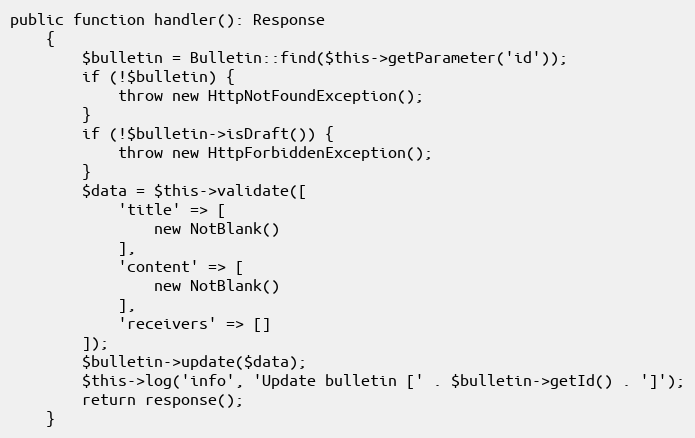
Language: PHP
public function handler(): Response
    {
        $bulletin = Bulletin::find($this->getParameter('id'));
        if (!$bulletin) {
            throw new HttpNotFoundException();
        }
        if (!$bulletin->isDraft()) {
            throw new HttpForbiddenException();
        }
        $data = $this->validate([
            'title' => [
                new NotBlank()
            ],
            'content' => [
                new NotBlank()
            ],
            'receivers' => []
        ]);
        $bulletin->update($data);
        $this->log('info', 'Update bulletin [' . $bulletin->getId() . ']');
        return response();
    }